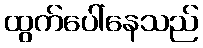
ထွက်ပေါ်နေသည်